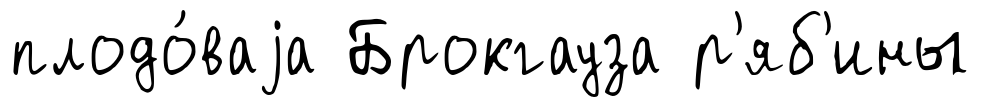
плодо́ваjа Брокгауза р'яб'ины